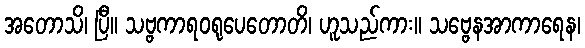
အတောသိ၊ ပြီ။ သဗ္ဗကာရဝရုပေတောတိ၊ ဟူသည်ကား။ သဗ္ဗေနအာကာရေန၊